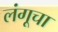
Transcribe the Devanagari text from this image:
लंगूचा